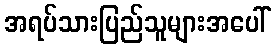
အရပ်သားပြည်သူများအပေါ်